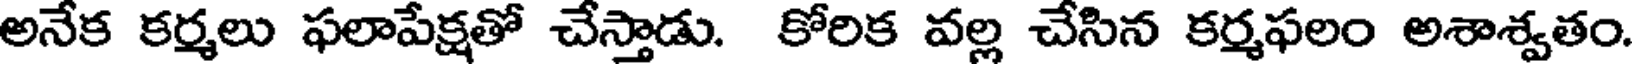
అనేక కర్మలు ఫలాపేక్షతో చేస్తాడు. కోరిక వల్ల చేసిన కర్మఫలం అశాశ్వతం.